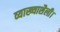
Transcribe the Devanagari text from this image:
व्याख्याशैली।